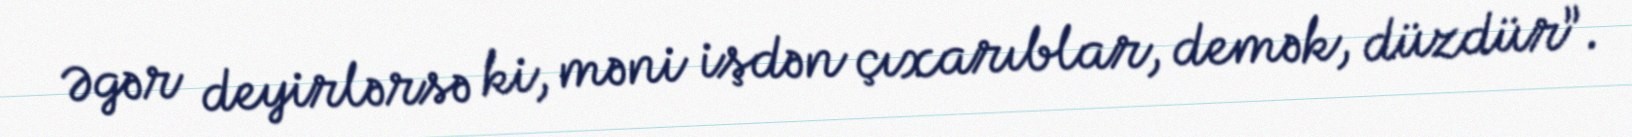
Əgər deyirlərsə ki, məni işdən çıxarıblar, demək, düzdür”.